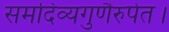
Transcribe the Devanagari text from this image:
समदिव्यगुणैरुपेत।